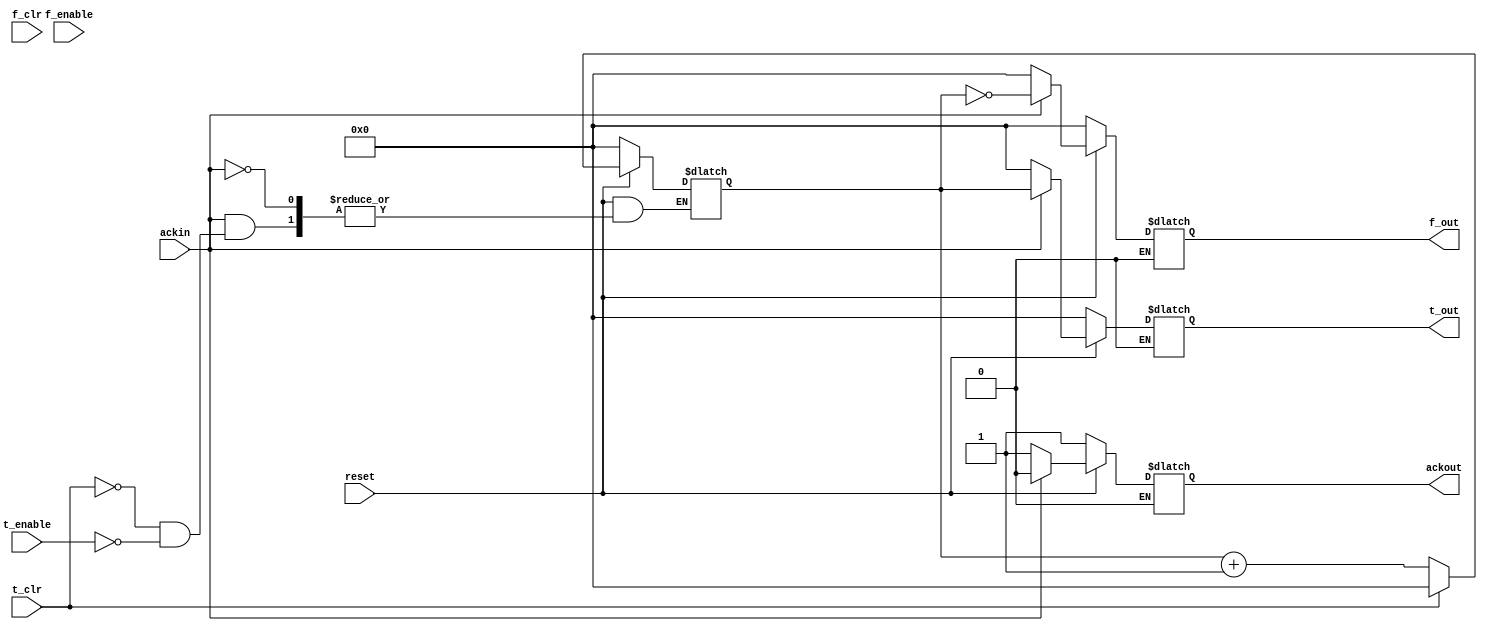
module clk_up_counter_rtl    (
    reset,
    ackout,
    ackin,
    f_clr,
    t_clr,
    f_enable,
    t_enable,
    f_out,
    t_out,
);

output [7:0] f_out;
output [7:0] t_out;
output ackout;
//------------Input Ports--------------
input ackin;
input f_clr, t_clr;
input f_enable, t_enable;
input reset;

reg [7:0]t_out;
reg [7:0]f_out;
reg [7:0]counter;
reg ackout;


always @(ackin, reset) begin
  if (reset == 0) begin
    t_out <= 7'b0 ;
    f_out <= 7'b0 ;
    counter <= 7'b0 ;
    ackout <= 1;
  end
  else begin
    if (ackin) begin
      if (t_clr) begin
        counter <= 7'b0 ;
      end
      else if (t_enable) begin
        counter <= counter + 1;
      end 
      t_out <= counter;
      f_out <= ~counter;
      ackout <= 0;
    end
    else if (ackin == 0) begin
      t_out = 7'b0;
      f_out = 7'b0;
      ackout <= 1;
    end
  end
end

endmodule